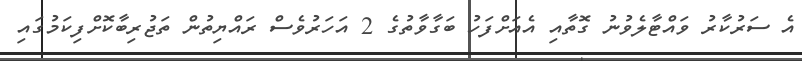
އެ ސަރުކާރު ވައްޓާލެވުނު ގޮތާއި އެއަށްފަހު ބަގާވާތުގެ 2 އަހަރުވެސް ރައްޔިތުން ތަޖުރިބާކޮށްފިކަމުގައި